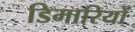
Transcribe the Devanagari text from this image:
डिमारियों